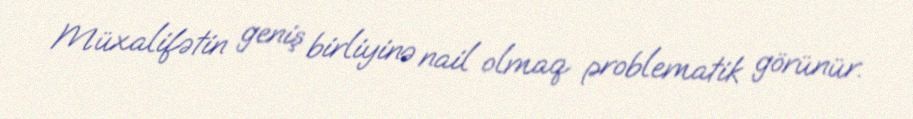
Müxalifətin geniş birliyinə nail olmaq problematik görünür.